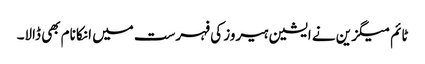
ٹائم میگزین نے ایشین ہیروز کی فہرست میں انکا نام بھی ڈالا۔